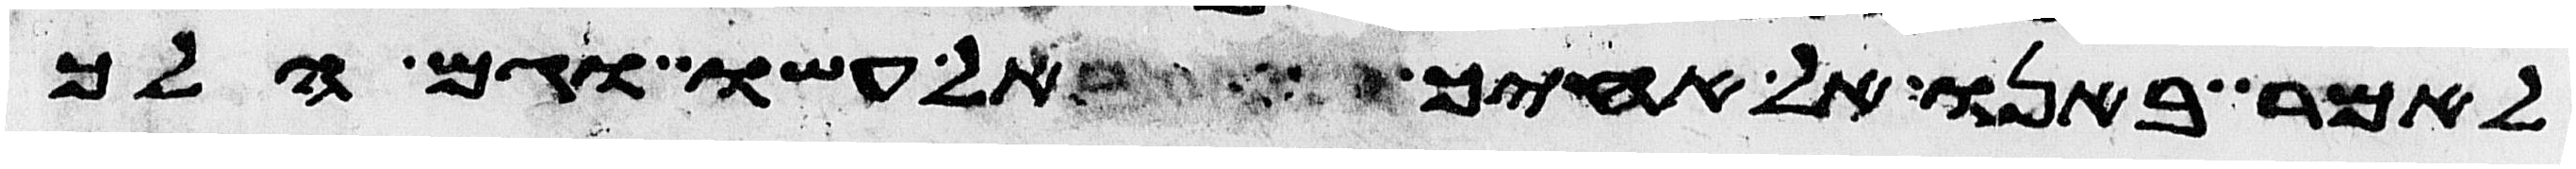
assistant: לאמר באנו אל אחיך אל עשו וגם הלך